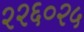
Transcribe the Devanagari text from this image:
२२६०२५